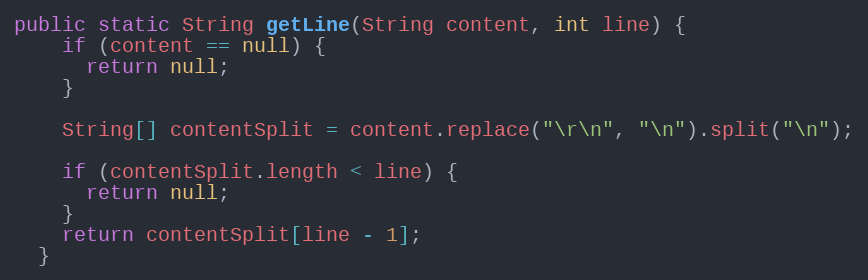
Language: Java
public static String getLine(String content, int line) {
    if (content == null) {
      return null;
    }

    String[] contentSplit = content.replace("\r\n", "\n").split("\n");

    if (contentSplit.length < line) {
      return null;
    }
    return contentSplit[line - 1];
  }